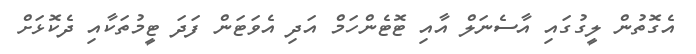
އެގޮތުން ލީގުގައި އާސެނަލް އާއި ޓޮޓެންހަމް އަދި އެވަޓަން ފަދަ ޓީމުތަކާއި ދެކޮޅަށް